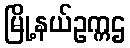
မြို့နယ်ဥက္ကဌ